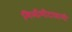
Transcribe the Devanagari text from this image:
मिलीमीटरवाली